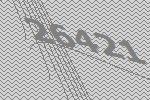
26421